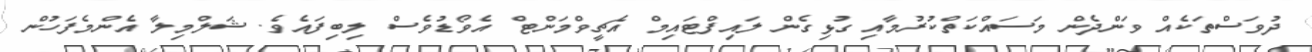
ދުވަސްތަކެއް ވަންދެން މަސައްކަތްކުރުމާއި ގުޅިގެން ލައިފްޓައިމް އެޗީވްމަންޓް އެވޯޑުވެސް ލިބިފައެވެ. ޝަލްމިލާ އެންމެފަހުން